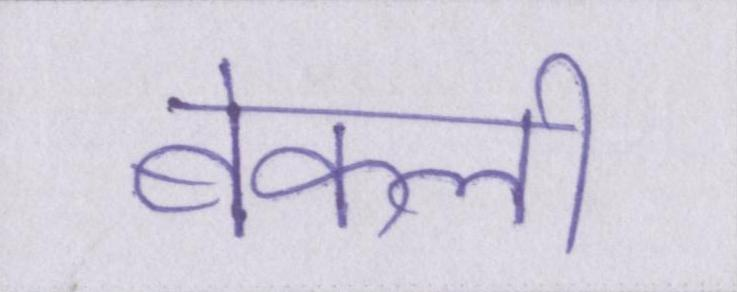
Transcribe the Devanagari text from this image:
बेकली